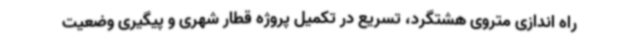
راه اندازی متروی هشتگرد، تسریع در تکمیل پروژه قطار شهری و پیگیری وضعیت